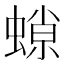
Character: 𧎾